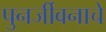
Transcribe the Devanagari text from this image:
पुनर्जीवनाचे